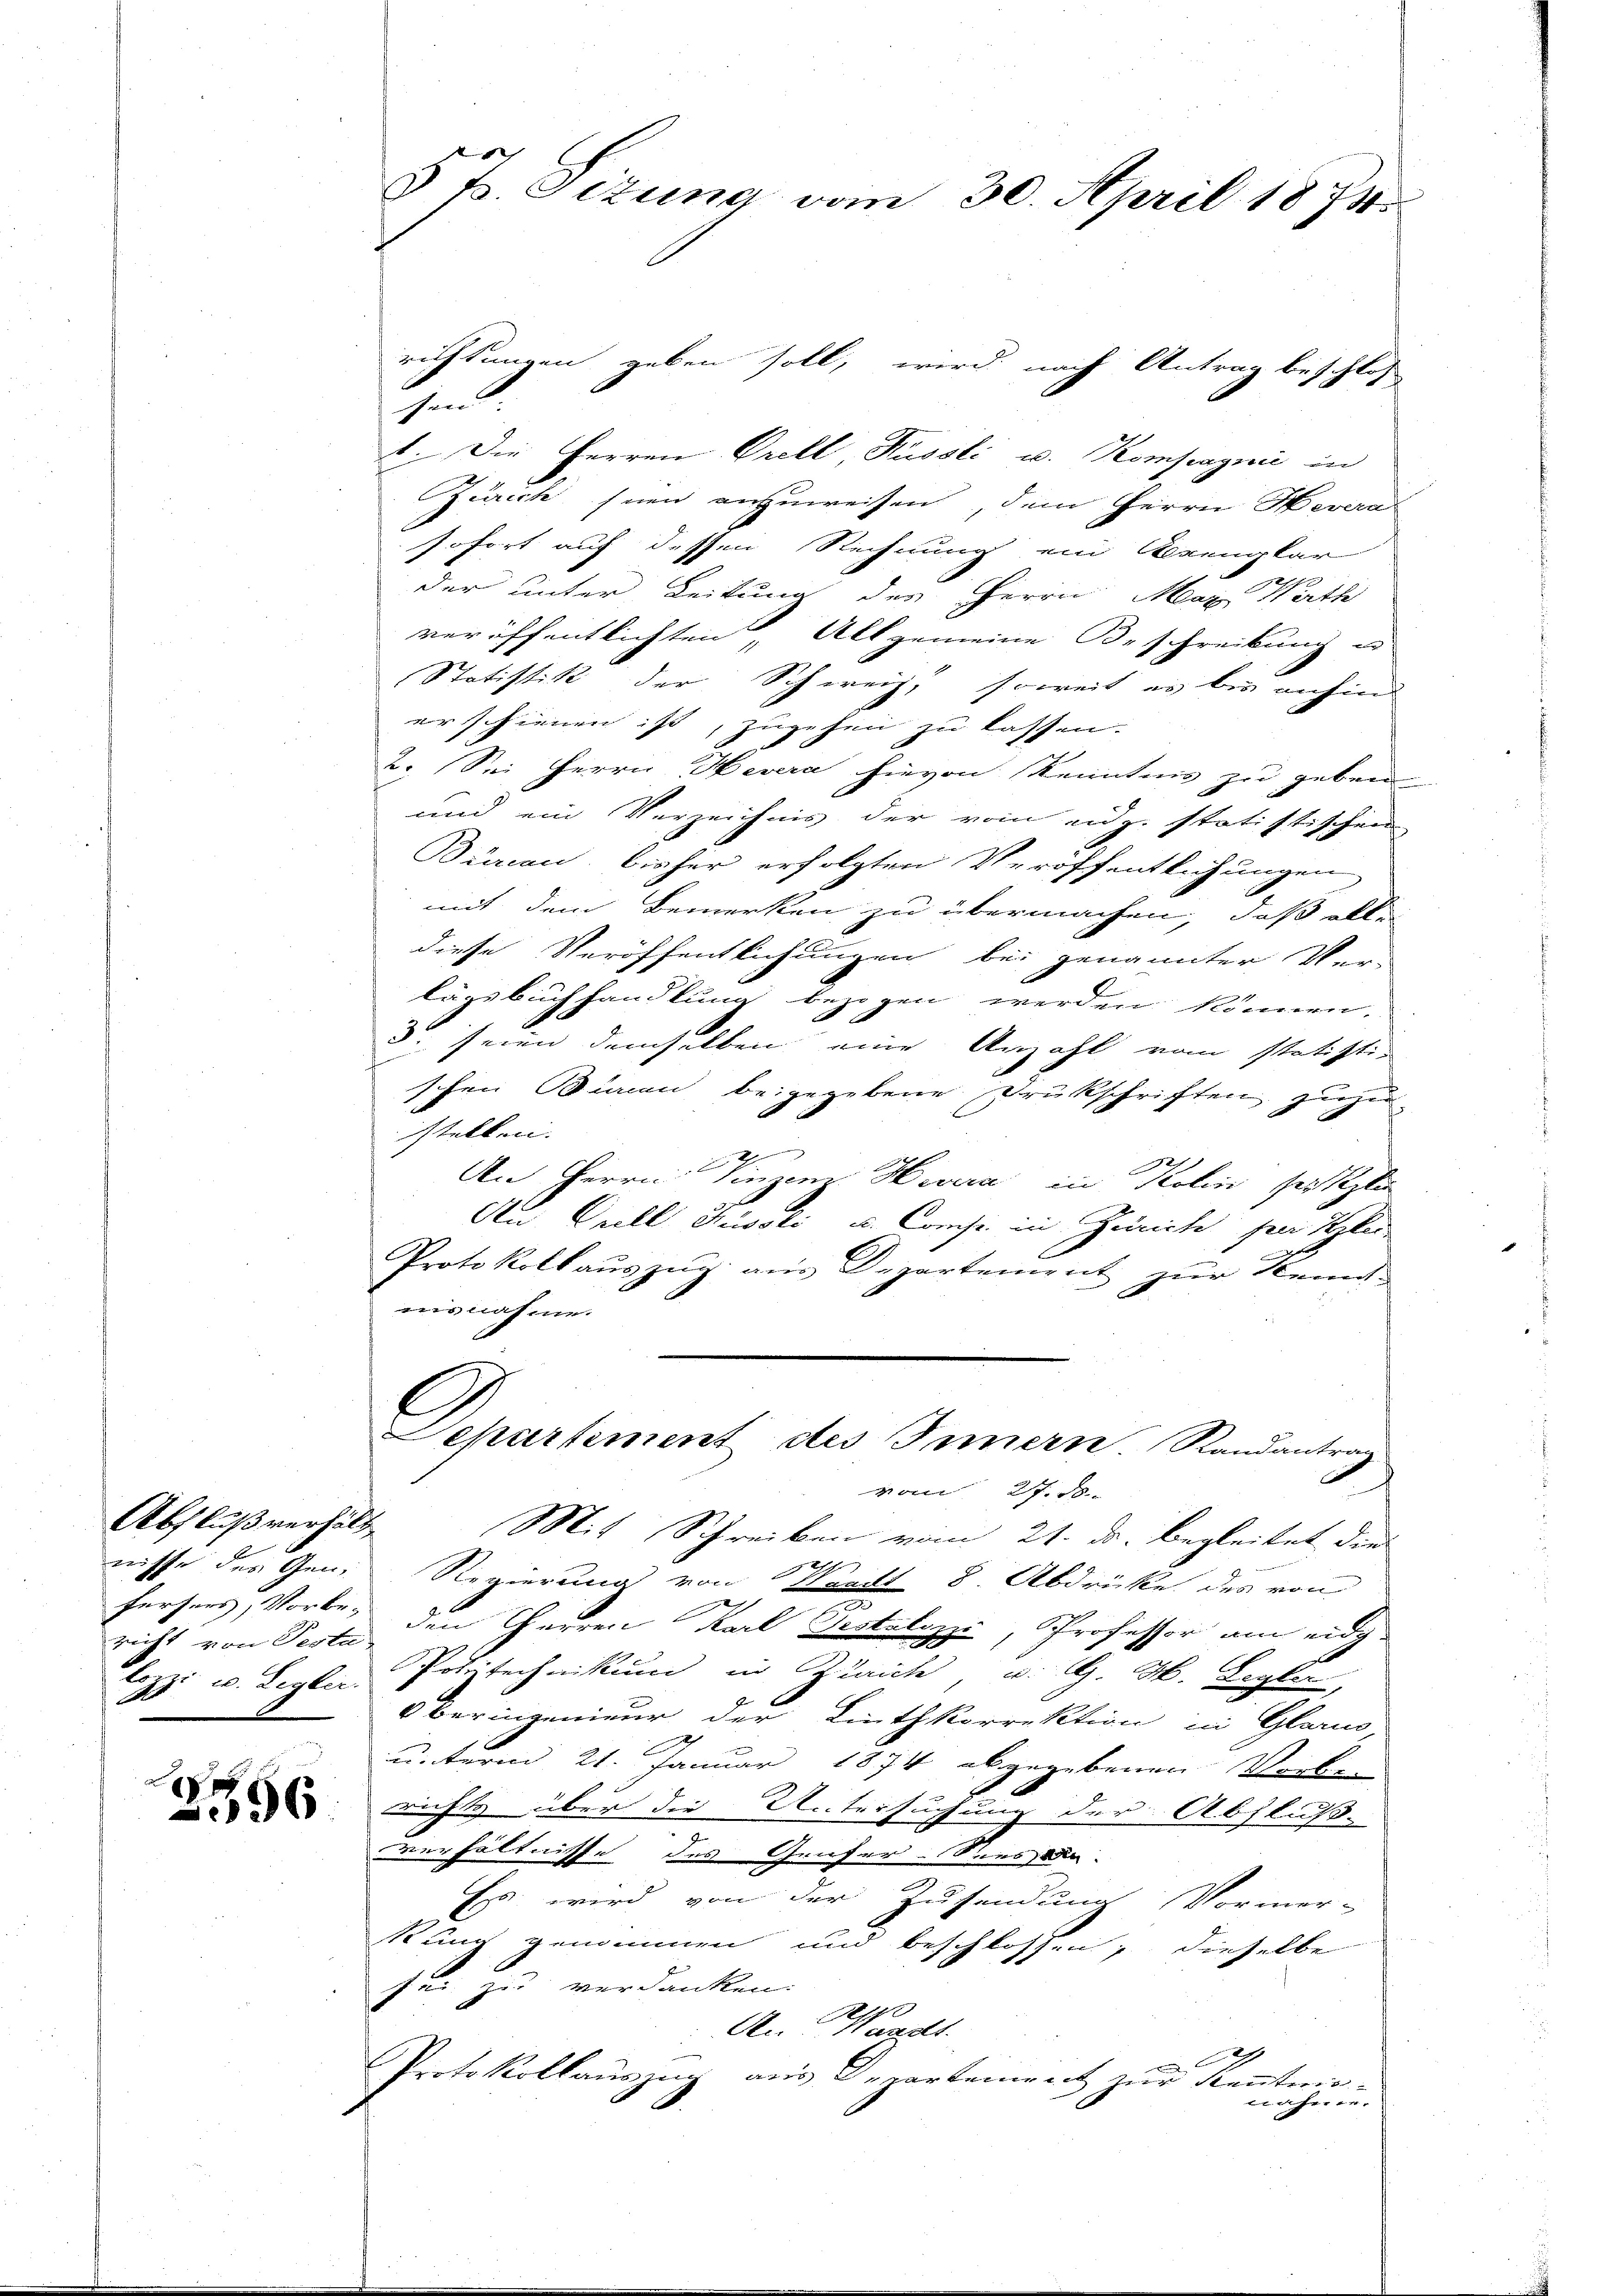
Abfluß verhält
nisse des Gene
zicht von Testa
lozzi u. Leglic

2556

§ T. Sizung vom 30. April 1874

richtungen geben soll, wird nach Antrag beschlos
hen:
1. Die Herren Orell, Russli u. Kompagnić in
Zürich seien anzuweisen, dem Herrn Severa
sofort auf dessen Rechnung ein Alpengkar
der unter Leitung des Herrn Max Rath
veröffentlichten Allgemeine Beschreibung u
Statistik der Schweiz, soweit es bis anhin
erschienen ist, zugehen zu lassen.
2. Sei Herrn Hevera hievon Kenntnis zu geben
und ein Verzeichnis der vom eidg. statistischen
Büreau, bisher erfolgten Veröffentlichungen
mit dem Bemerken zu übermachen, daß alle
diese Veröffentlichungen bei genannter Ver-
lägsbuchhandlung bezogen werden können.
3. seien demselben eine Anzahl vom statisti-
schen Sinnen beigegebene Drukschriften zuzu
stellen.
r
d
An Herrn Vinzenz. Hiera in Kolin seistlie
Au Grill Hüssli u. Comp. in Zürich per le
E
Protokoll aŭszŭg aŭs Departement zur Kennt-
uisnahme.
Departiment des Innern. Randantrag
vom 27. 38.
Mit Schreiben vom 21. ds. begleitet die
h
Regierung von Breit 8. Abdrücke des von
x
Fersees, Vorber den Garren Karl Pestalozzi, Professor am eidg¬
Polytechnikum in Zürich, u. G. M. Begler,
Oberingenieur der Linthkorrektion in Glarus,
unterm 21. Januar 1874 abgegebenen Vorle
richts über die Untersuchung der Abfluß
verhältnisse des Geiser. Senossen.
Ess wird von der Zusendung Vormer-
kung genommen und beschlossen; dieselbe
sei zu verdanken:
p
Aen Handt.
Protokollauszug aus Departement zur Kenntnisaher er-